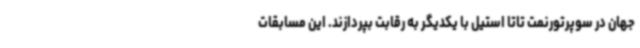
جهان در سوپرتورنمت تاتا استیل با یکدیگر به رقابت بپردازند. این مسابقات